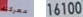
معركتك 16100